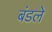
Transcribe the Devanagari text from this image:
बंडले